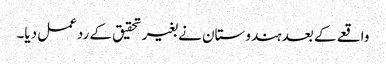
واقعے کے بعد ہندوستان نے بغیر تحقیق کے ردعمل دیا۔